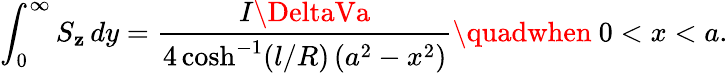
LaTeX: \int_{0}^{\infty}S_{\mathbf{z}}\, dy=\frac{{I\DeltaVa}}{{4\cosh^{-1}(l/R)\left(a^{2}-x^{2}\right)}}\textrm{{\quadwhen~}}0<x<a.